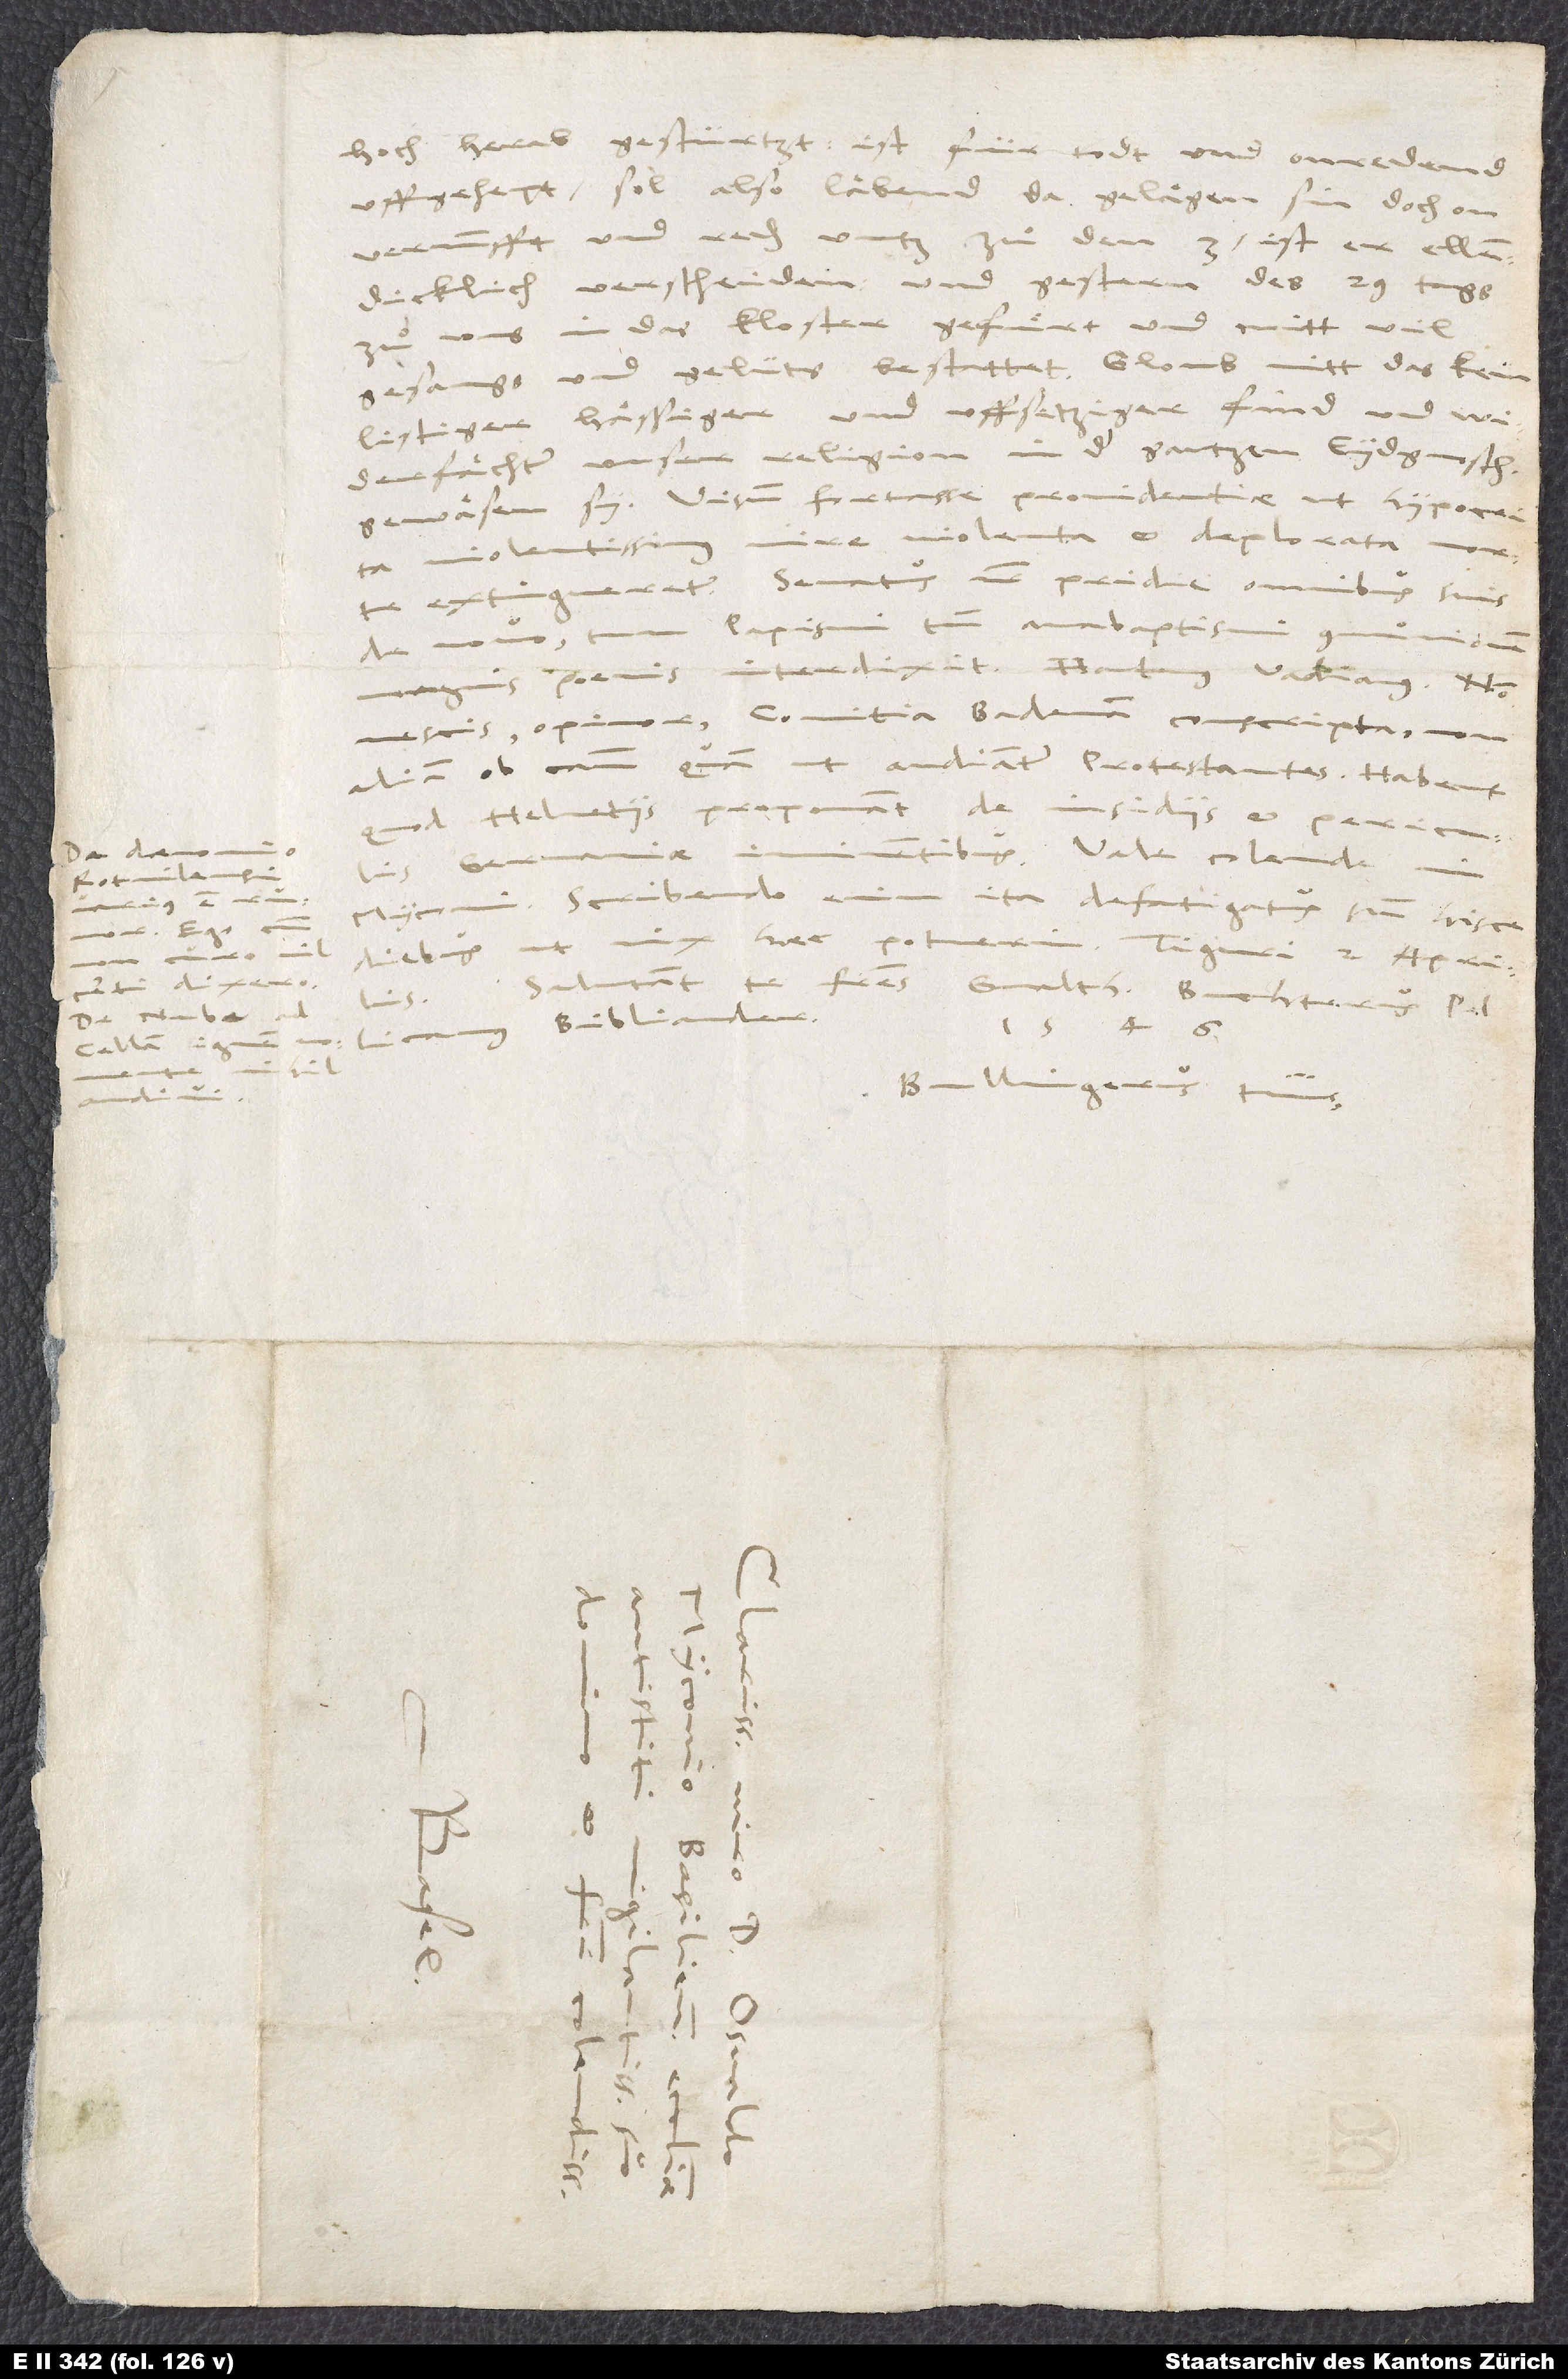
De daemonio
Rotvilensi
De nube ad
Cellam ignem

hoch, herab gestürtzt. Ist für todt und onredend
uffgehept. Sol also laͤbend da gelaͤgen sin, doch on
vernunfft und reden untz zuͦ den 3; ist er ellendicklich
verscheiden und gestern, des 29. tags,
zuͦ uns in das kloster gefuͤrt und mitt vil
gesangs und gelüts bestattet. Gloub nitt, das kein
listiger, haͤssiger und uffsetziger find und
widerfaͤchter unser religion in der gantzen eydgnoschafft
gewaͤsen sy. Visum fortasse providentiae, ut hypocrita
violentissimus mire violenta et deplorata morte
de novo tum papismi tum anabaptismi communionem
magnis poenis interdixit.“ Hactenus Vadianus.
nescis, opinor, comitia Badenam conscripta non
aliam ob causam, quam ut audiantur protestantes. Habent,
quod Helvetiis proponant de insidiis et periculis
Myconi. Scribendo enim ita defatigatus sum hisce
diebus, ut vix haec potuerim. Tiguri, 2. aprilis.
Salutant te fratres Gvaltherus, Buchterus, Pellicanus,
Bibliander.
1546.
Bullingerus tuus.
d.